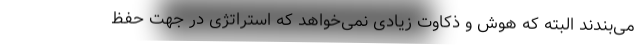
می‌بندند البته که هوش و ذکاوت زیادی نمی‌خواهد که استراتژی در جهت حفظ